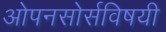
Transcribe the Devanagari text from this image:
ओपनसोर्सविषयी